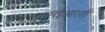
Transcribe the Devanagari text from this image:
एसईआरसी